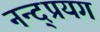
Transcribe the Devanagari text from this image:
नन्द्प्रयग